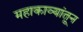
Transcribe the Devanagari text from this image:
महाकाव्यांतून